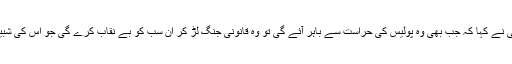
وہ کہتے ہیں: ’ملاقات کے بعد لڑکی نے کہا کہ جب بھی وہ پولیس کی حراست سے باہر آئے گی تو وہ قانونی جنگ لڑ کر ان سب کو بے نقاب کرے گی جو اس کی شبیہ خراب کرنے کی کوشش میں ہیں۔